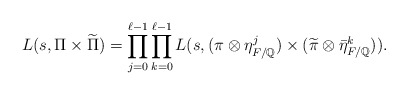
\begin{align*}L(s, \Pi \times \widetilde{\Pi}) =\prod_{j=0}^{\ell-1} \prod_{k=0}^{\ell-1} L(s, (\pi \otimes \eta_{F/\mathbb{Q}}^{j}) \times(\widetilde\pi \otimes \bar\eta_{F/\mathbb{Q}}^{k})).\end{align*}